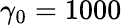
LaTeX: \gamma_{0}=1000